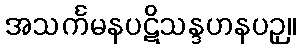
အသင်္ကမနပဋိသန္ဒဟနပဉှ။